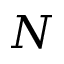
\mathcal Ḋ N Ḍ